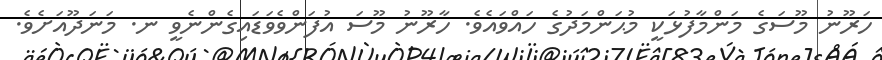
ހަރޫނު މޫސަގެ މަންމާފުޅަކީ މުޙަންމަދުގެ ހައްވައެވެ. ހާރޫނު މޫސަ އުފަންވެވަޑައިގެންނެވީ ނ. މަނަދޫއަށެވެ.